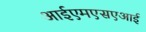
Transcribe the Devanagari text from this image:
आईएमएसएआई